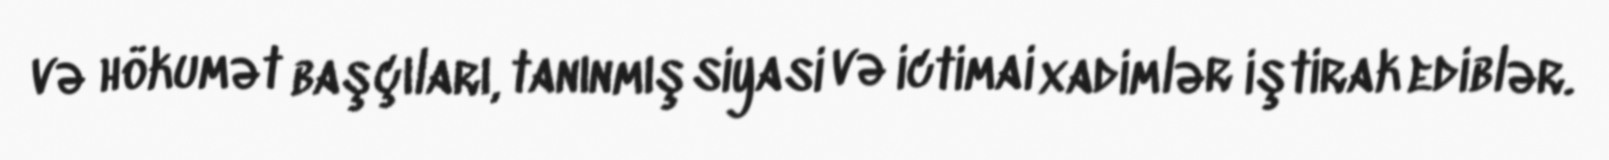
və hökumət başçıları, tanınmış siyasi və ictimai xadimlər iştirak ediblər.